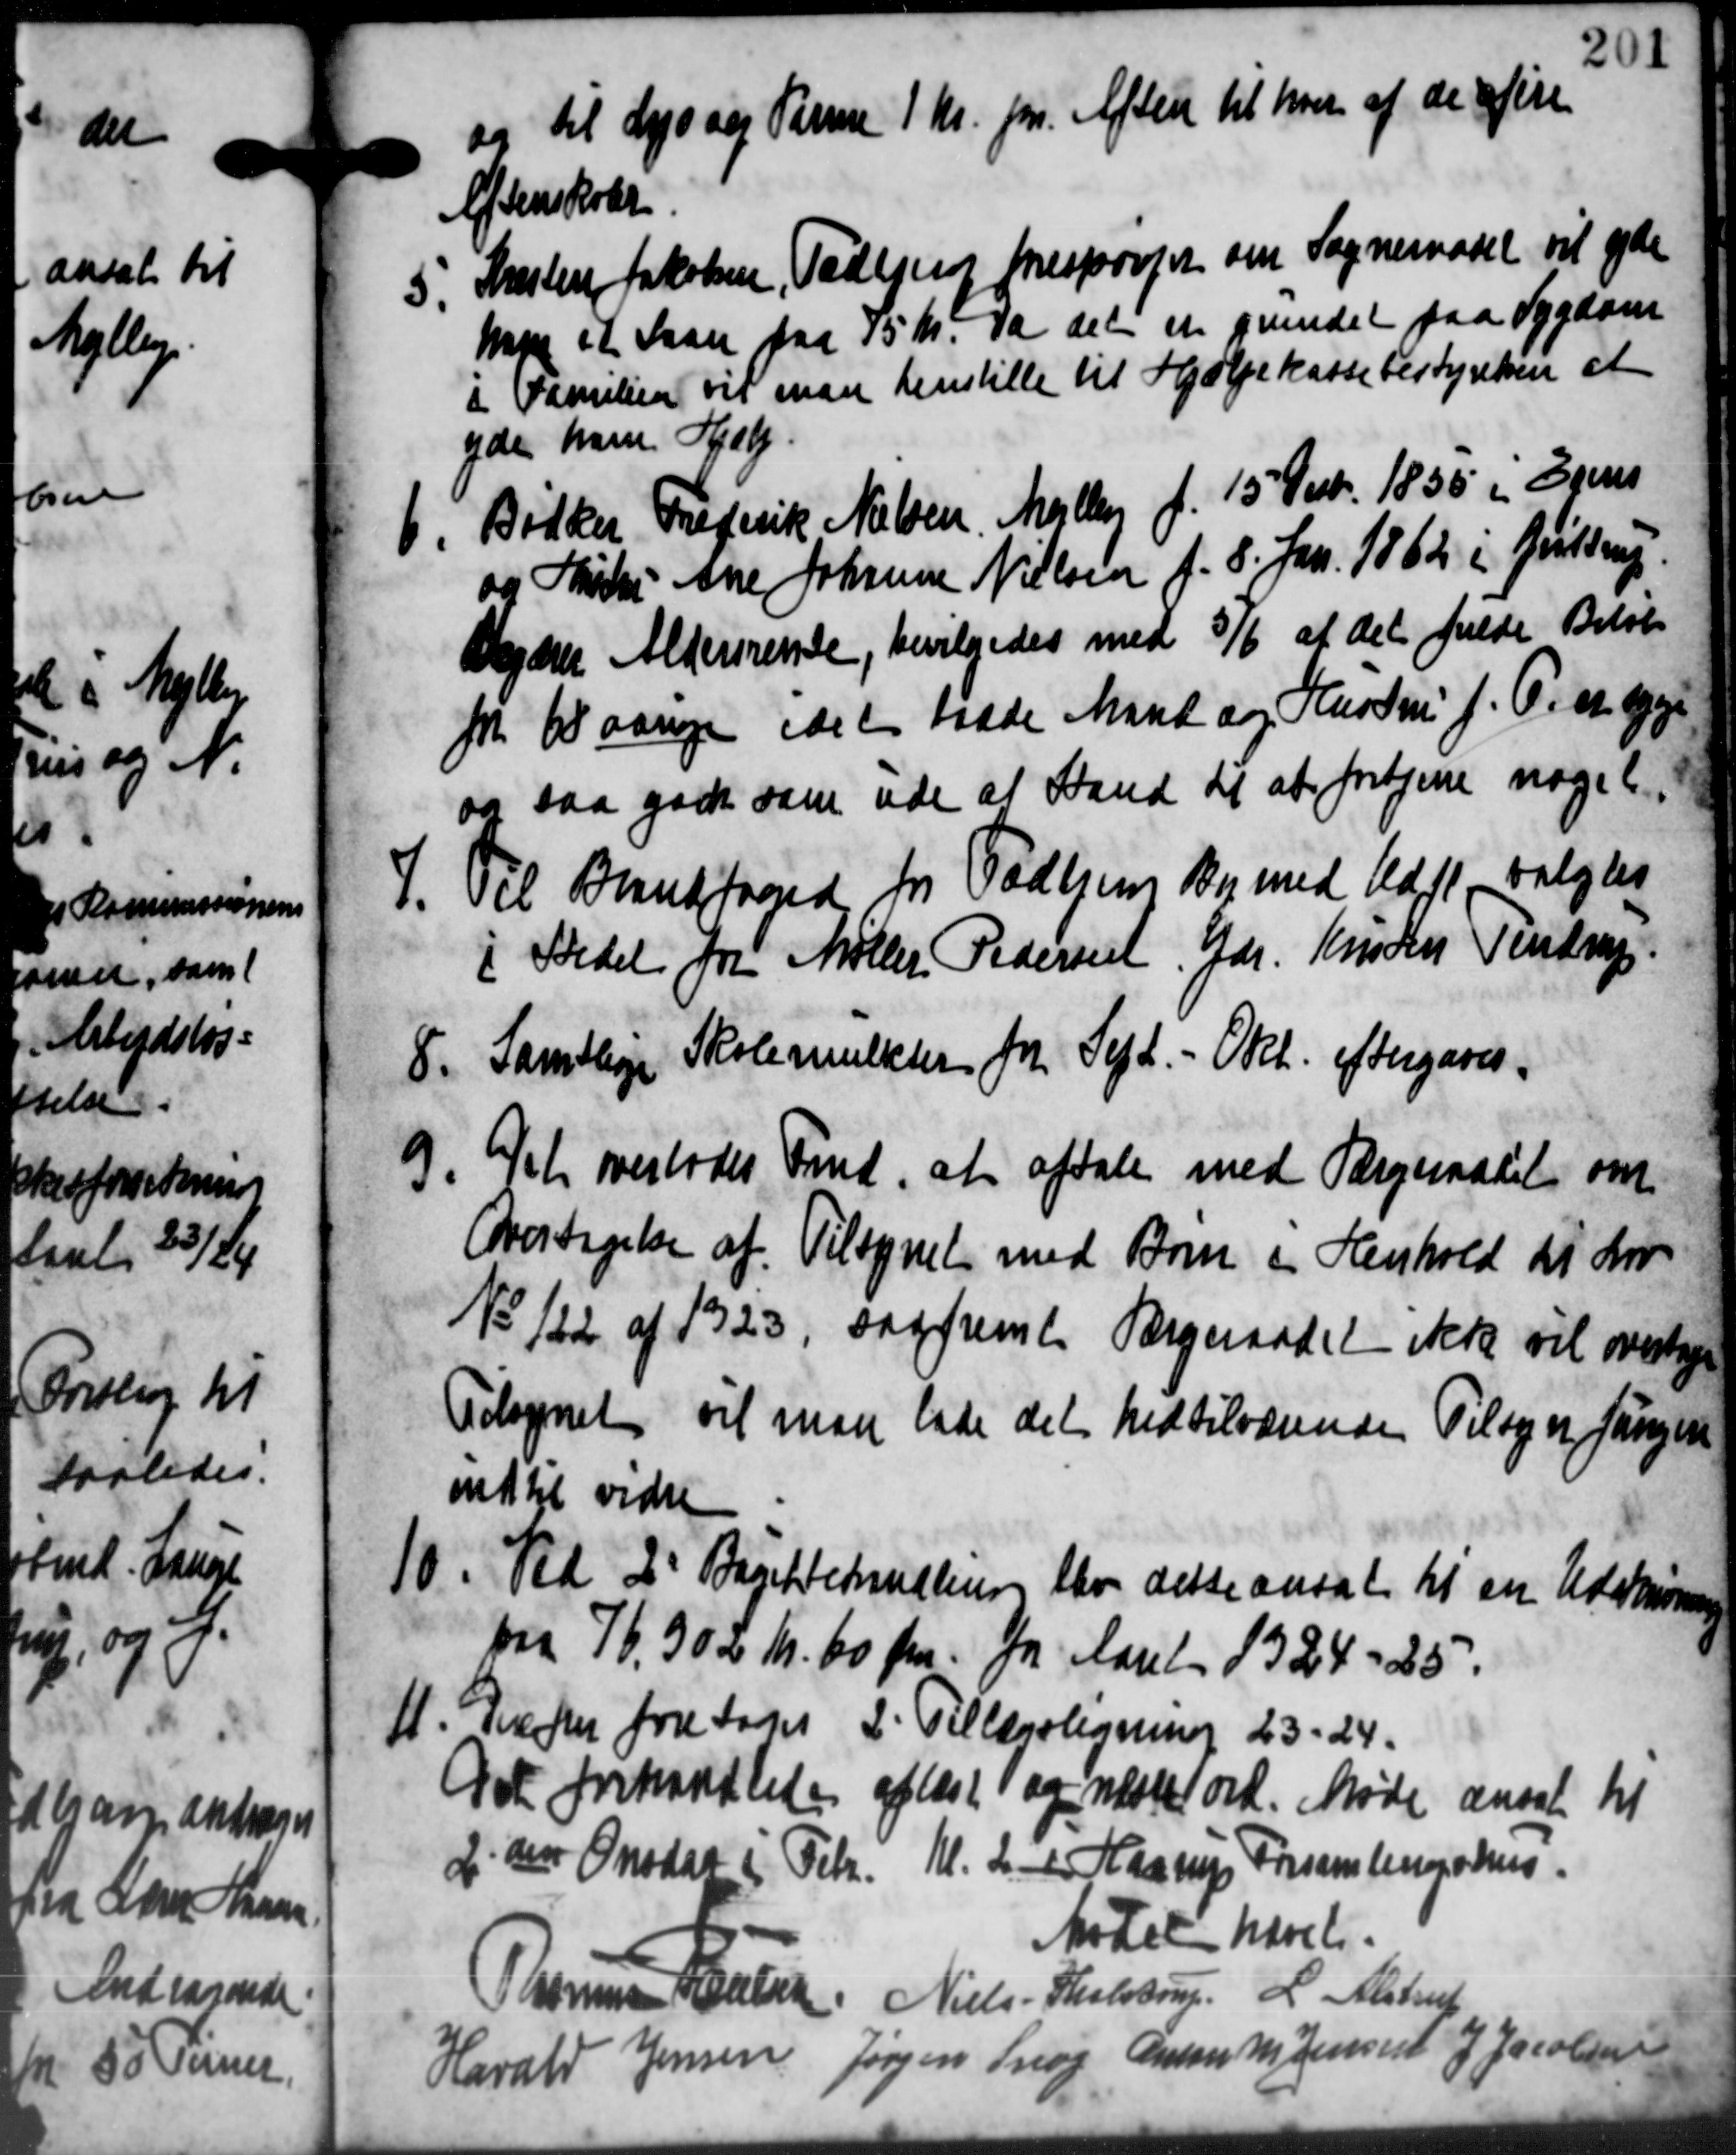
Transskription:
09 til Lysang Varme 1 Kr. pr. Aften til hver af de fire
Aftenskrev
5. Kristen Jakobsen, Pederens Mespørger om Sogneraadet vil yde
5. Kristen Jakobsen, Pederens Mespørger om Sogneraadet vil yde
Mape et Laan paa 75 Kr. Da det et prindet paa Sygdom
i Familien vil man henstille til Hjælpekassebestyrelsen at
yde ham Hjælp.
1 Bødker Frederik Nielsen. Mejlby f. 15 Nvbr. 1835 i Grens
1 Bødker Frederik Nielsen. Mejlby f. 15 Nvbr. 1835 i Grens
og Thile Ane Johanne Nielsen f. 8. Jan. 1862 i Grøttrup.
Veder Aldersrente, bevilgedes med 5/6 at det fulde Beløb
Nr. 10 aarige idet raade Mand og Hustru f. T. et syge
og saa godt som ude at Stand det at fortjene nogeli
7. Til Brandfoged for Todbjerg By med lagt, valgtes
7. Til Brandfoged for Todbjerg By med lagt, valgtes
i Stedel for Møller Pedersen, Gdr. Kruden Testrup
8. Samtlige Skolemulkter fra Sept. - Okt. eftergaves.
8. Samtlige Skolemulkter fra Sept. - Okt. eftergaves.
9. Det overlodes Fmd. at aftale med Færgeraadet om
9. Det overlodes Fmd. at aftale med Færgeraadet om
Overtagelse af Tilsynet med Børn i Henhold til Lov
No 122 af 1923, saafremte Sorgeraadet ikke vil overtages
Tilsynet vil man lade det hed tilværende Tilsyn fangen
indtil vidre
10. Ved 2' Bugetbehandling blev dette ansat til en Udskrive
10. Ved 2' Bugetbehandling blev dette ansat til en Udskrive
fra 78, 300 Kr. 60 Ør for Aaret 1324-25.
11. Derefter foretoges 2. Tillægsligning 23-24.
11. Derefter foretoges 2. Tillægsligning 23-24.
A der forhandledes afløst og næstet ord. Møde ansat til
2 den Onsdag i Febr. Kl. 2. i Haarup Forsamlingshus.
Mødet hævet.
Rasmus Hansen Nielse Thestrup L. Mødet
Jensen Jørgen Snog Anton M. Jensen J Jacobsen
Harald